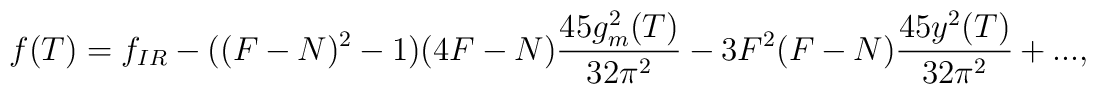
f(T) = f_{IR} - ((F-N)^{2} -1)(4F-N)\frac{45g_{m}^{2}(T)}{32 \pi^2} -3F^{2}(F-N) \frac{45y^{2}(T)}{32 \pi^2} +...,